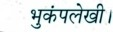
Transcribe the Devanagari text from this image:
भुकंपलेखी।